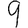
Digit: 9